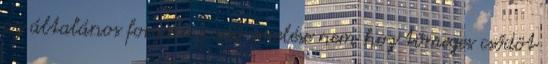
az általános forgalmi adó emelése nem hoz tömeges csődöt